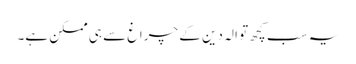
یہ سب کچھ تو الہ دین کے چراغ سے ہی ممکن ہے۔